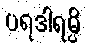
ပရဒါရမ္ပိ